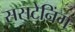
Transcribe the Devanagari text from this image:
ससटेनिंग